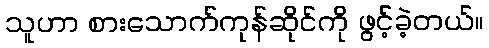
သူဟာ စားသောက်ကုန်ဆိုင်ကို ဖွင့်ခဲ့တယ်။